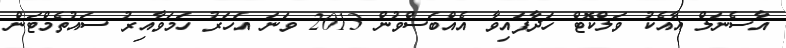
އާސެނަލް އާއެކު ވަލްކޮޓް ހަދާފައިވާ އެއްބަސްވުން 2013 ވަނަ އަހަރު ހަމަވާއިރު ސައުތެމްޓަން